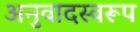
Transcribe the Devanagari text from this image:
अनुवादस्वरूप